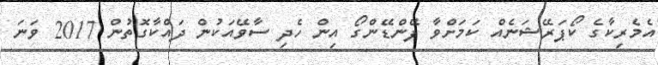
އެމެރިކާގެ ކޯޕަރޭޝަނެއް ކަމަށްވާ ފޭންޑޭންގޯ އިން ހެދި ސާވޭއަކުން ދައްކާގޮތުން 2017 ވަނަ